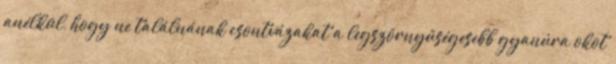
anélkül, hogy ne találnának csontvázakat a legszörnyűségesebb gyanúra okot